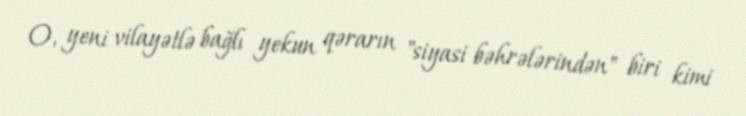
O, yeni vilayətlə bağlı yekun qərarın "siyasi bəhrələrindən" biri kimi